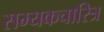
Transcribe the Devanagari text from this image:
सम्यकचारित्र